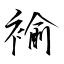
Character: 褕